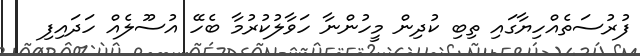
ފުރުސަތެއްހިޔާގައި ތިބި ކުދިން މީހުންނާ ހަވާލުކުރުމާ ބެހޭ އުސޫލެއް ހަދައިފި